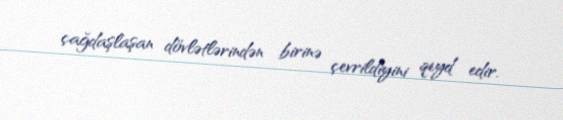
çağdaşlaşan dövlətlərindən birinə çevrildiyini qeyd edir.